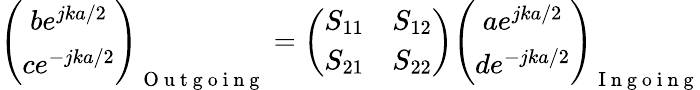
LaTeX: \left(\begin{array}{c}{be^{jka/2}}\\ {ce^{-jka/2}}\end{array}\right)_{\mathrm{~O~u~t~g~o~i~n~g~}}=\left(\begin{array}{cc}{S_{11}}&{S_{12}}\\ {S_{21}}&{S_{22}}\end{array}\right)\left(\begin{array}{c}{ae^{jka/2}}\\ {de^{-jka/2}}\end{array}\right)_{\mathrm{~I~n~g~o~i~n~g~}}